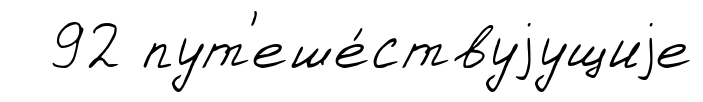
92 пут'еше́ствуjущиjе